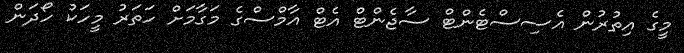
މީގެ އިތުރުން އެސިސްޓެންޓް ސާޖެންޓް އެޓް އާމްސްގެ މަގާމަށް ހަތަރު މީހަކު ހޯދަން